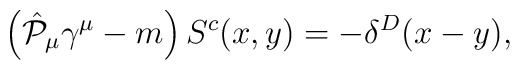
\left( \hat{{\cal P}}_\mu \gamma ^\mu - m\right)S^{c}(x,y)=-\delta^D(x-y),